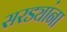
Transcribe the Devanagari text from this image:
सरड्यांना